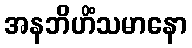
အနဘိဟိံသမာနော